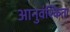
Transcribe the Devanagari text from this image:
आनुवंश्किता